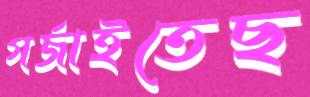
গর্জাইতেছ